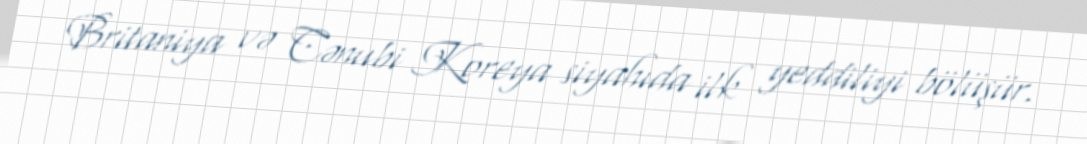
Britaniya və Cənubi Koreya siyahıda ilk yeddiliyi bölüşür.